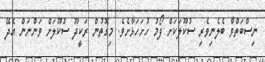
ނިސްބަތްވާ ބެލެނިވެރި ސުކޫލަކަށް ފޯމު ހުށަހަޅާށެވެ. މިގޮތުން ރަކީދޫ ސުކޫލަށް ވަންނަން އެދޭ